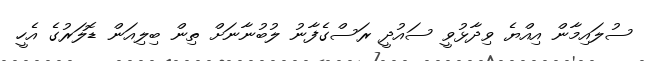
ސުލައިމާން އިއްޔެ ވިދާޅުވީ ސައުދީ ރަސްގެފާނު ލުބުނާނަށް ތިން ބިލިއަން ޑޮލަރުގެ އެހީ